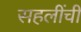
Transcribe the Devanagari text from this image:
सहलींची